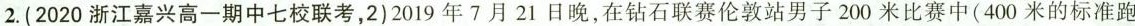
2.(2020浙江嘉兴高一期中七校联考，2)2019年7月21日晚，在钻石联赛伦敦站男子200米比赛中(400米的标准跑